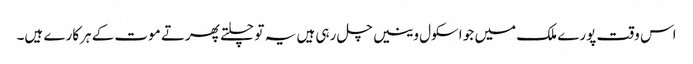
اس وقت پورے ملک میں جو اسکول وینیں چل رہی ہیں یہ تو چلتے پھرتے موت کے ہرکارے ہیں۔